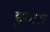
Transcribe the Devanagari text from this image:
छुवारा